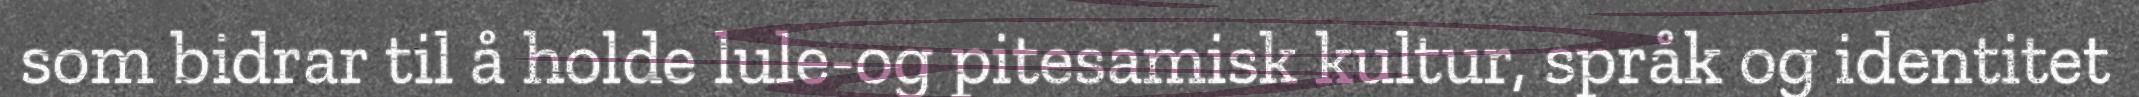
som bidrar til å holde lule-og pitesamisk kultur, språk og identitet